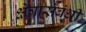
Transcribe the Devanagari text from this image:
क्षेत्रासंबंधीं